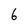
Character: 6